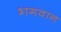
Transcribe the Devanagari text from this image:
भ्‍ागवान